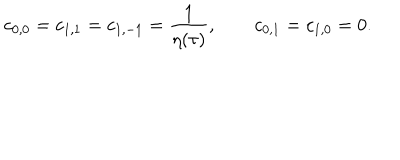
c _ { 0 , 0 } = c _ { 1 , 1 } = c _ { 1 , - 1 } = { \frac { 1 } { \eta ( \tau ) } } , \qquad c _ { 0 , 1 } = c _ { 1 , 0 } = 0 .